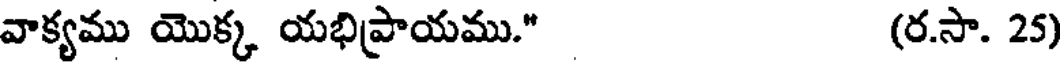
వాక్యము యొక్క యభిప్రాయము." (ర.సా. 25)